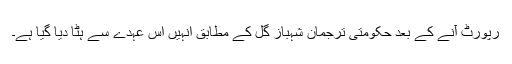
رپورٹ آنے کے بعد حکومتی ترجمان شہباز گل کے مطابق انہیں اس عہدے سے ہٹا دیا گیا ہے۔